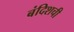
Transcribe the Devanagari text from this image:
बंदिशची